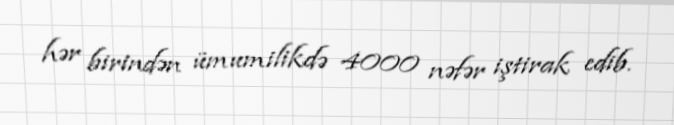
hər birindən ümumilikdə 4000 nəfər iştirak edib.